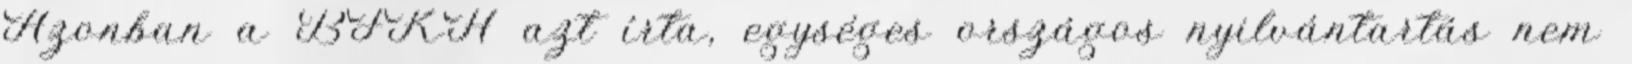
Azonban a BFKH azt írta, egységes országos nyilvántartás nem